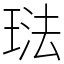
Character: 琺